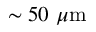
\sim 5 0 \ \mu \mathrm { { m } }